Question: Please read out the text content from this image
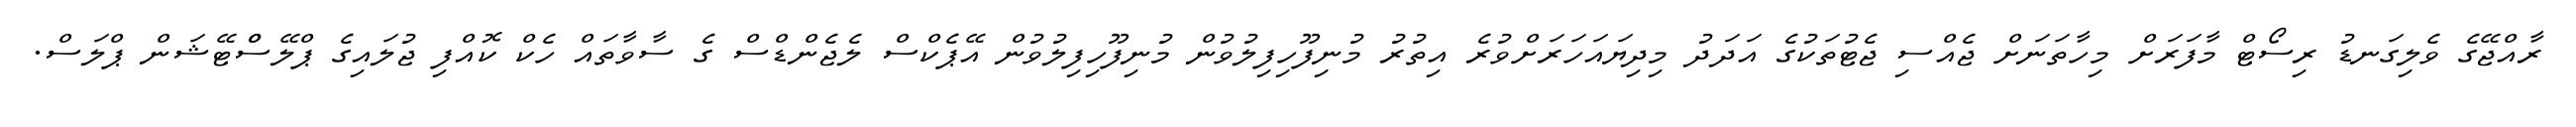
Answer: ރާއްޖޭގެ ވެލިގަނޑު ރިސޯޓް މާފަރަށް މިހާތަނަށް ޖެއްސި ޖެޓުތަކުގެ އަދަދު މިދިޔައަހަރަށްވުރެ އިތުރު މުނިފޫހިފިލުވުން މުނިފޫހިފިލުވުން އޭޕެކްސް ލެޖެންޑްސް ގެ ސާވާތައް ހެކް ކޮއްފި ޖުލައިގެ ޕްލޭސްްޓޭޝަން ޕްލަސް.